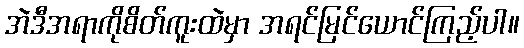
အဲဒီအရာကိုစိတ်ကူးထဲမှာ အရင်မြင်ယောင်ကြည့်ပါ။